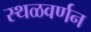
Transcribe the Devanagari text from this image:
स्थळवर्णन